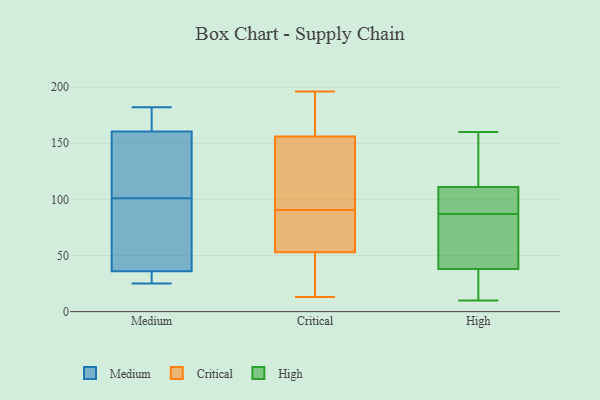
{"axis": {"x": "Humidity (%)", "y": "Value"}, "legend": ["Critical", "High", "Medium"], "data": [{"x": "", "y": 115, "type": "Medium"}, {"x": "", "y": 91, "type": "Medium"}, {"x": "", "y": 182, "type": "Medium"}, {"x": "", "y": 31, "type": "Medium"}, {"x": "", "y": 173, "type": "Medium"}, {"x": "", "y": 111, "type": "Medium"}, {"x": "", "y": 161, "type": "Medium"}, {"x": "", "y": 36, "type": "Medium"}, {"x": "", "y": 25, "type": "Medium"}, {"x": "", "y": 36, "type": "Medium"}, {"x": "", "y": 87, "type": "Medium"}, {"x": "", "y": 160, "type": "Medium"}, {"x": "", "y": 41, "type": "Critical"}, {"x": "", "y": 53, "type": "Critical"}, {"x": "", "y": 136, "type": "Critical"}, {"x": "", "y": 53, "type": "Critical"}, {"x": "", "y": 64, "type": "Critical"}, {"x": "", "y": 172, "type": "Critical"}, {"x": "", "y": 177, "type": "Critical"}, {"x": "", "y": 138, "type": "Critical"}, {"x": "", "y": 64, "type": "Critical"}, {"x": "", "y": 156, "type": "Critical"}, {"x": "", "y": 13, "type": "Critical"}, {"x": "", "y": 196, "type": "Critical"}, {"x": "", "y": 73, "type": "Critical"}, {"x": "", "y": 108, "type": "Critical"}, {"x": "", "y": 38, "type": "High"}, {"x": "", "y": 111, "type": "High"}, {"x": "", "y": 69, "type": "High"}, {"x": "", "y": 10, "type": "High"}, {"x": "", "y": 105, "type": "High"}, {"x": "", "y": 113, "type": "High"}, {"x": "", "y": 105, "type": "High"}, {"x": "", "y": 15, "type": "High"}, {"x": "", "y": 160, "type": "High"}, {"x": "", "y": 38, "type": "High"}]}